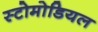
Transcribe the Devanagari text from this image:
स्टोमोडियल